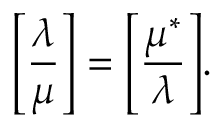
\left[ { \frac { \lambda } { \mu } } \right] = { \Bigg [ } { \frac { \mu ^ { * } } { \lambda } } { \Bigg ] } .